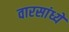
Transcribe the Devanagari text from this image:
वारसांध्ये